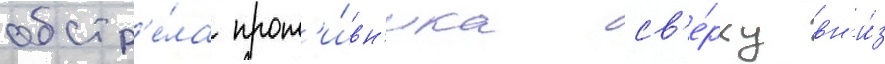
обстр'е́ла прот'и́вн'ика св'е́рху вн'и́з